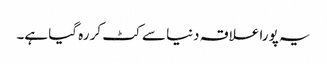
یہ پورا علاقہ دنیا سے کٹ کر رہ گیا ہے۔